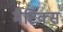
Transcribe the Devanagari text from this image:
मैटिक्स